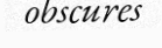
obscures